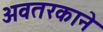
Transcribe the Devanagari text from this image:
अवतरकाने